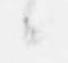
候